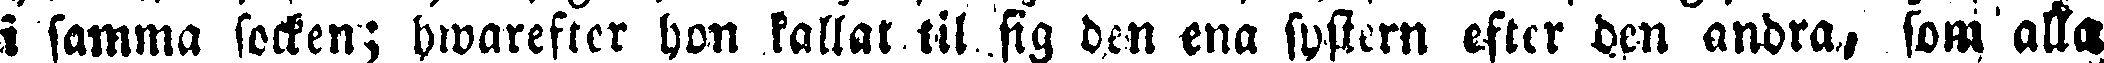
i samma socken; hwarefter hon kallat til sig den ena fostern efter den andra, som alla